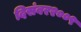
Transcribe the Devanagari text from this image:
दिसंबर२००९